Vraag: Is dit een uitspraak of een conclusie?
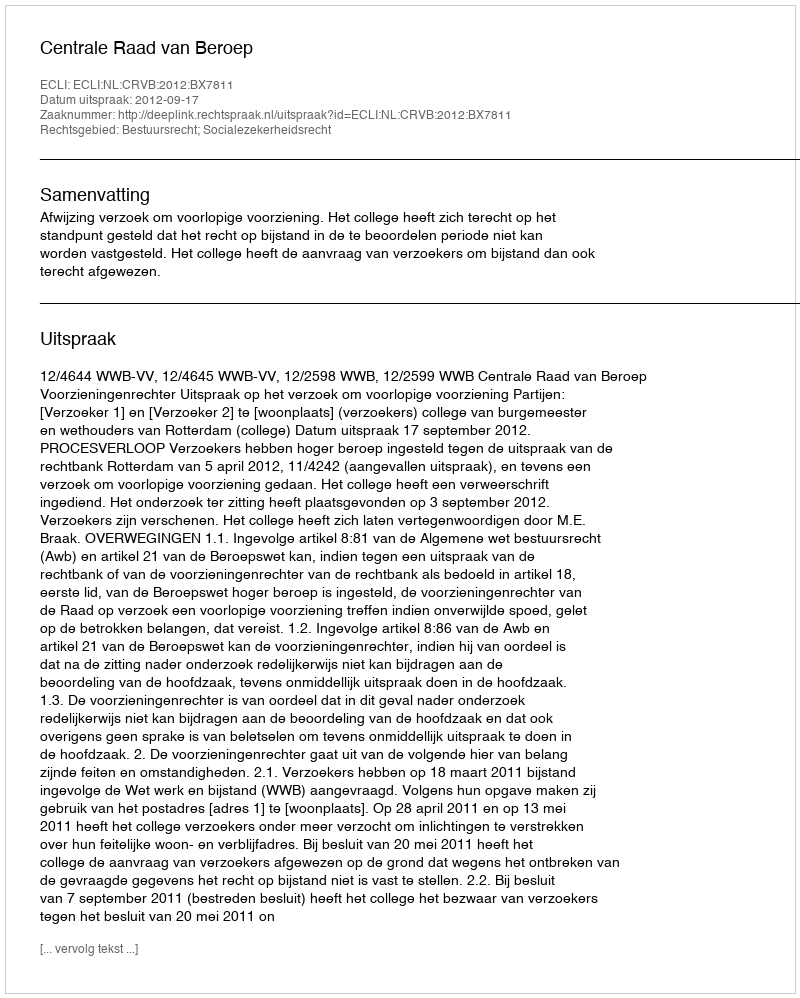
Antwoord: Uitspraak